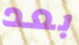
بعد